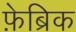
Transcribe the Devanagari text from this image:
फ़ेब्रिक